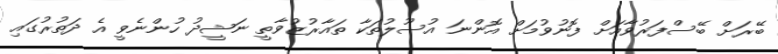
ބޭރަށް ބޭސްފަރުވާއަށް ފޮނުވުމަށް އޮންނަ އުސޫލުތަކާ ތައާރުޒުވާތީ ނަޝީދު ހުންނެވީ އެ ދަތުރުގައި